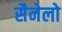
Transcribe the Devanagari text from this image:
सैनेलो